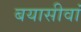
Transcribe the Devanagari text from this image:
बयासीवां